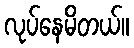
လုပ်နေမိတယ်။